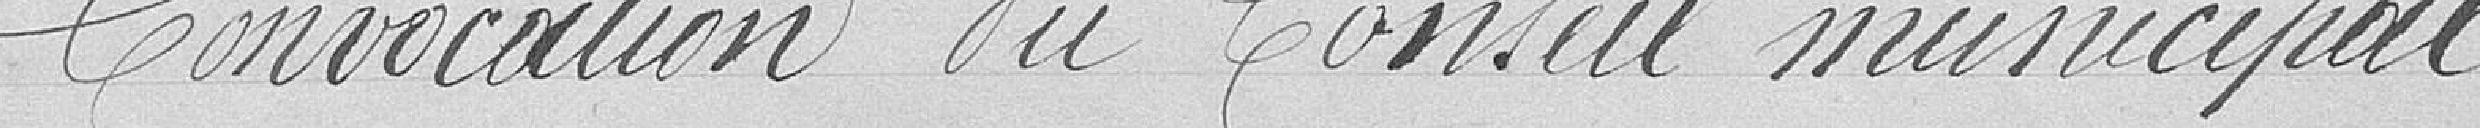
Convocation du Conseil Municipal